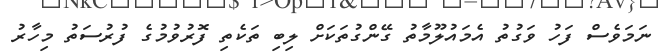
ނަމަވެސް ފަހު ވަގުތު އެމައުލޫމާތު ގޭންގުތަކަށް ލިބި ތަކެތި ފޮރުވުމުގެ ފުރުސަތު މިހާރު